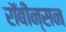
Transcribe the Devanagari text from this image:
रॉबीन्सन